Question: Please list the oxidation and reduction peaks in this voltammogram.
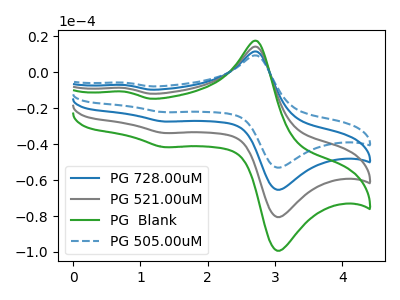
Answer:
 <answer>The blue curve "PG 728.00uM" has anodic peaks at (2.75V, 11.45uA) (0.75V, -7.15uA) and cathodic peaks at (3.10V, -64.90uA) (1.35V, -27.45uA). The gray curve "PG 521.00uM" has anodic peaks at (2.75V, 22.85uA) (0.75V, -14.30uA) and cathodic peaks at (3.10V, -129.80uA) (1.35V, -54.95uA). The green curve "PG  Blank" has anodic peaks at (2.75V, 34.30uA) (0.75V, -21.45uA) and cathodic peaks at (3.10V, -194.75uA) (1.35V, -82.40uA). The blue dashed curve "PG 505.00uM" has anodic peaks at (2.75V, 9.30uA) (0.75V, -5.80uA) and cathodic peaks at (3.10V, -52.65uA) (1.35V, -22.30uA).</answer>
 <eval></eval>